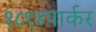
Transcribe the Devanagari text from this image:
१८९४पार्कर